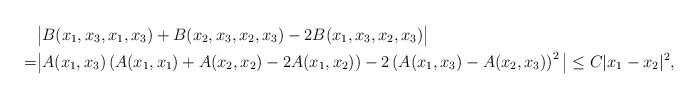
LaTeX: \begin{align*} &\big| B(x_1,x_3,x_1,x_3)+B(x_2,x_3,x_2,x_3)-2B(x_1,x_3,x_2,x_3) \big|\\ =& \big| A(x_1,x_3) \left( A(x_1,x_1)+A(x_2,x_2)-2A(x_1,x_2) \right)-2\left( A(x_1,x_3)-A(x_2,x_3) \right)^2 \big| \le C |x_1-x_2|^2,\end{align*}